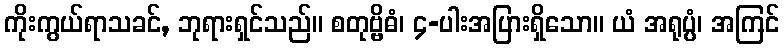
ကိုးကွယ်ရာသခင်, ဘုရားရှင်သည်။ စတုဗ္ဗိဓံ၊ ၄-ပါးအပြားရှိသော။ ယံ အရုပ္ပံ၊ အကြင်